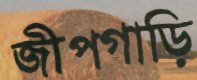
জীপগাড়ি